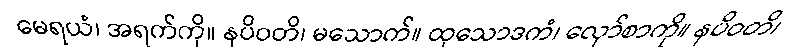
မေရယံ၊ အရက်ကို။ နပိဝတိ၊ မသောက်။ ထုသောဒကံ၊ လှော်စာကို။ နပိဝတိ၊